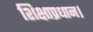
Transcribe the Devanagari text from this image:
शिक्षाप्रधान।